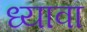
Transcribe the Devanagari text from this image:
ध्यावा